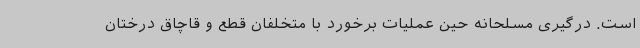
است. درگیری مسلحانه حین عملیات برخورد با متخلفان قطع و قاچاق درختان